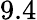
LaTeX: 9.4